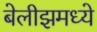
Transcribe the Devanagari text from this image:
बेलीझमध्ये